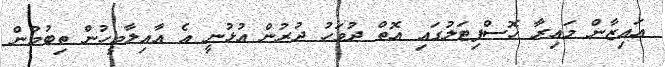
އައިޒާން މައިރާ ހޮސްޕިޓަލުގައި އޮތް ދުވަހު ދުރުން އުޅުނީ އެ އާއިލާމީހުން ތިބުމުން